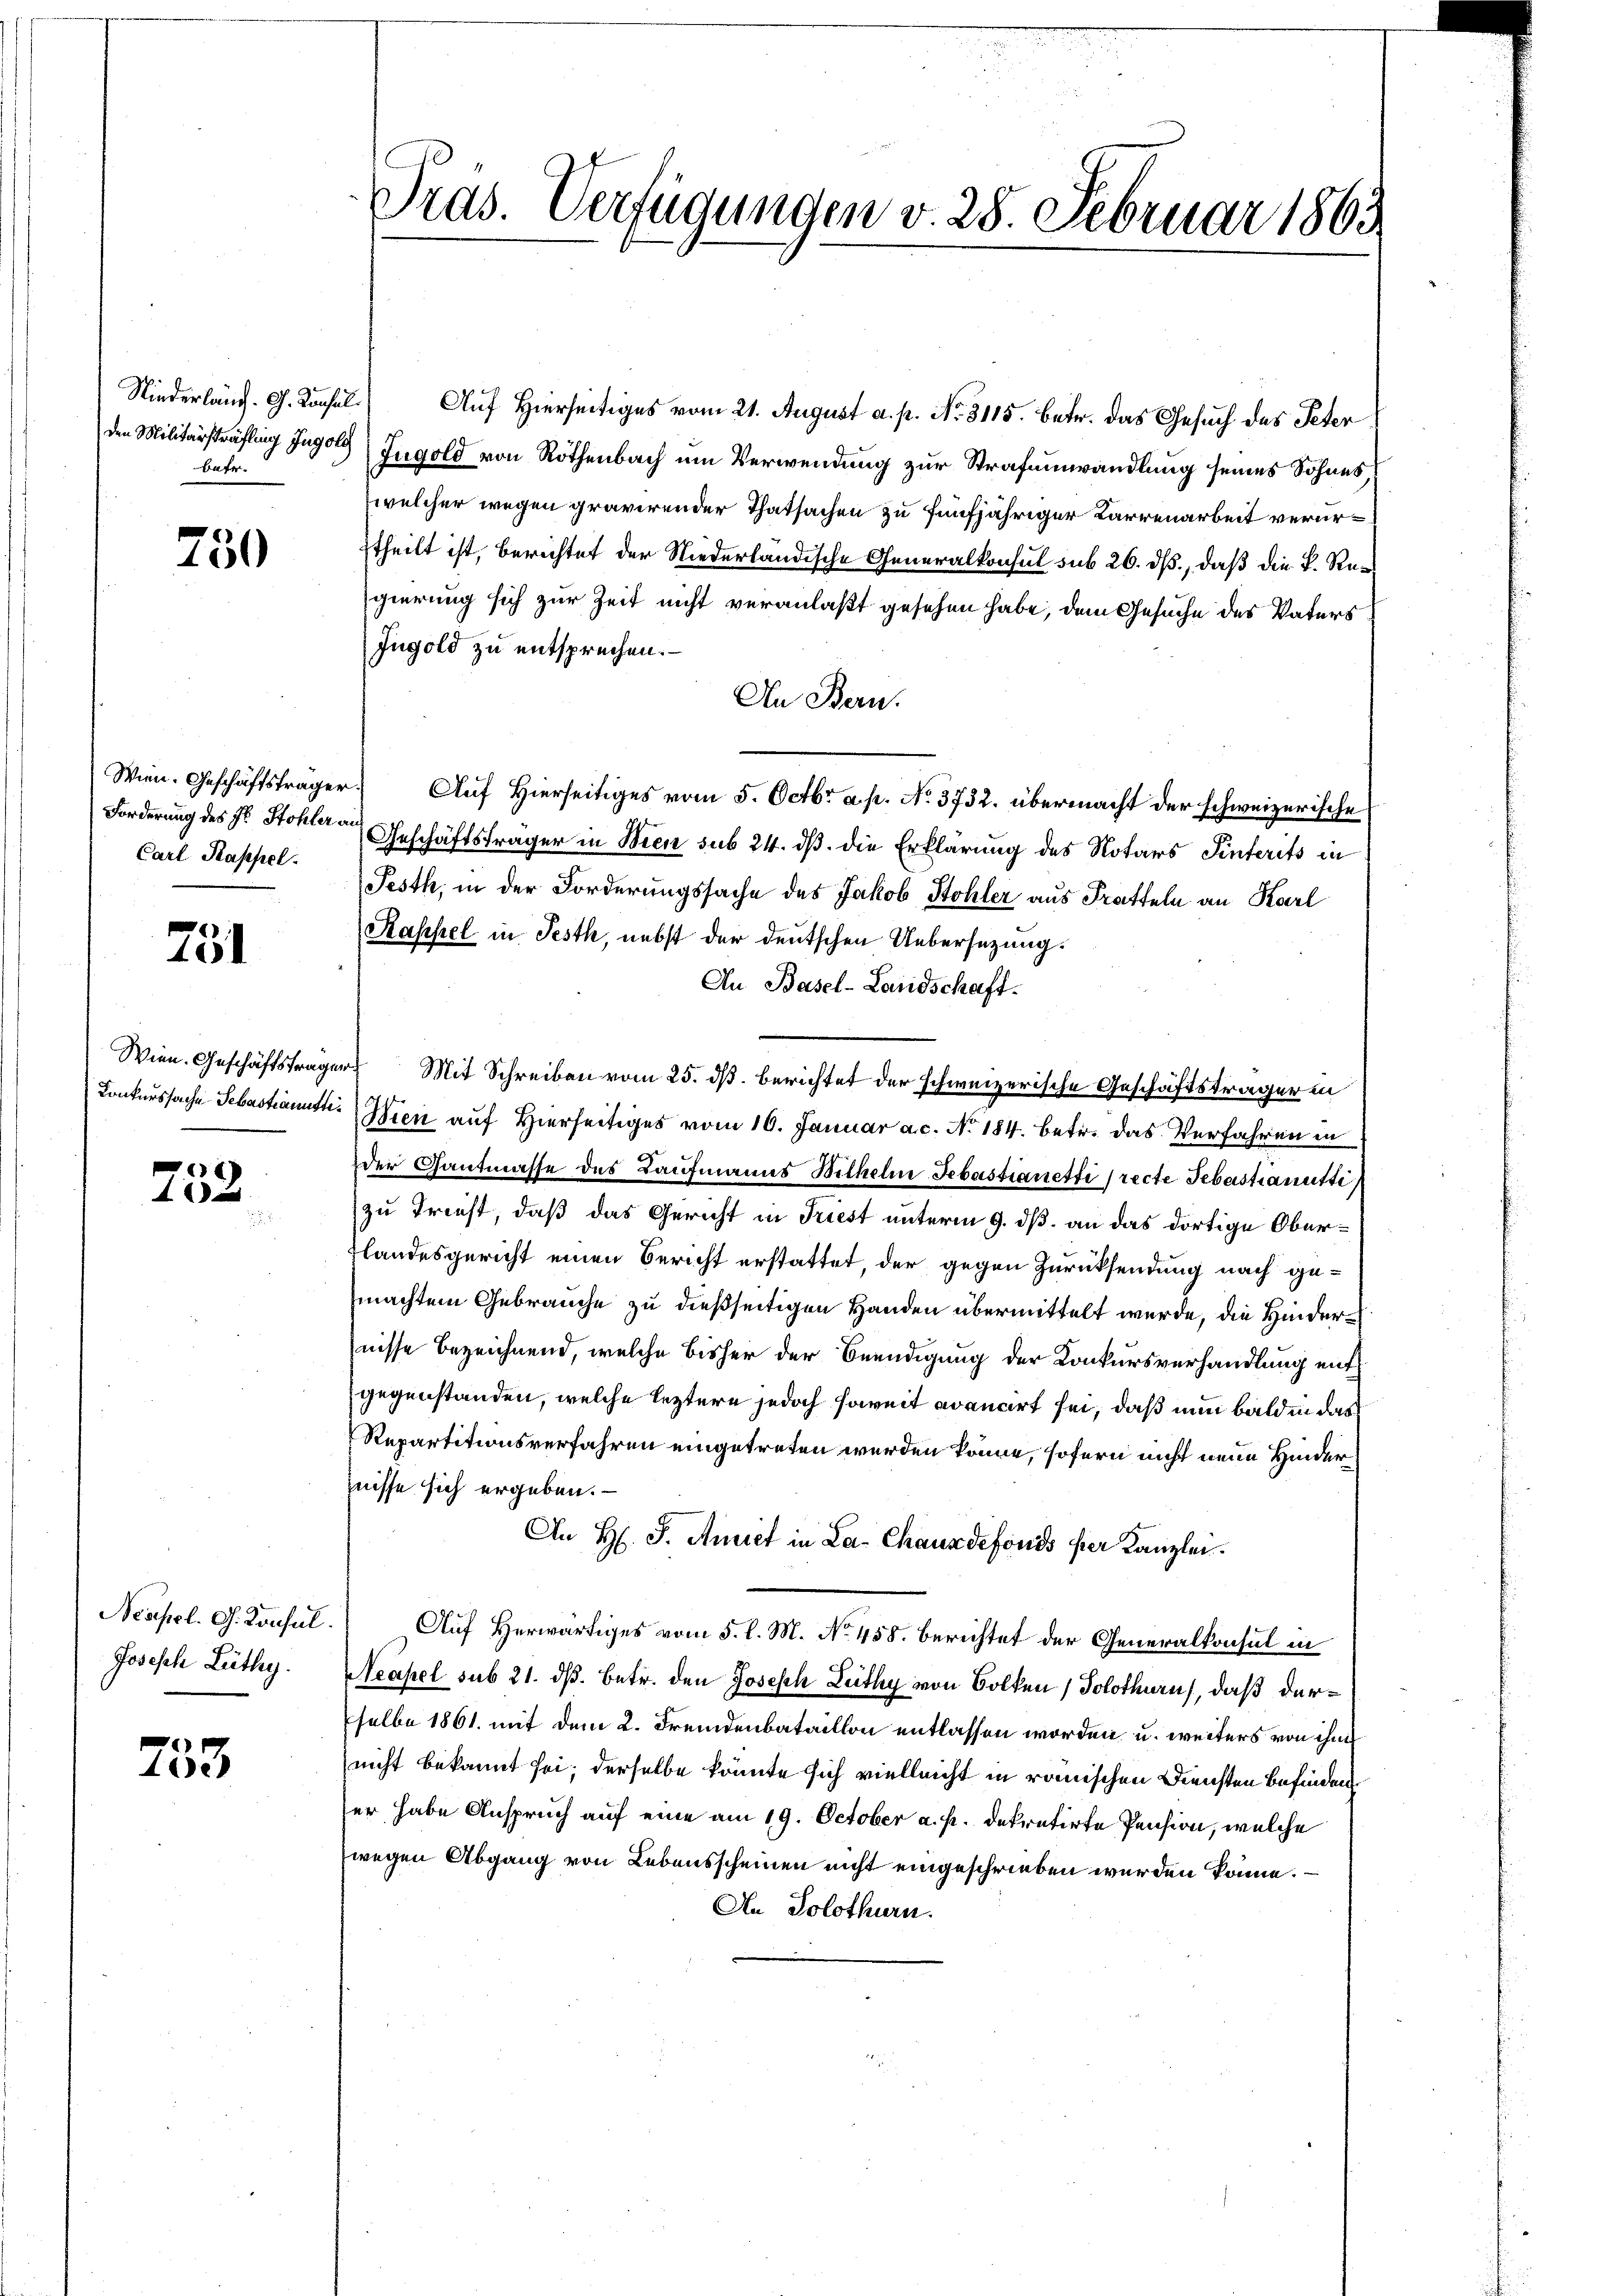
Bafr.

750

Forderung des Hr. Stohler an
Carl Kappel.

751

e
4
.

Joseph Lüthy.

733

Niederlang. G. Konsul Auf Hierseitiges vom 21. August a. p. No. 3115. betr. das Gesuch des Peter
den Militärsträfling Jugold Gugold von Rothenbach um Verwendung zur Strafumwandlung seines Sohnes,
welcher wegen gravirender Thatsachen zu fünfjähriger Karrenarbeit verurtheilt ist, berichtet der Niederländische Generalkonsul sub 26. ds., daß die K. Rugierung sich zur Zeit nicht veranlaßt gesehen habe, dem Gesuche des Vaters
Ingold zu entsprechen.
An Bern.
Wien. Geschäftsträger Auf Hierseitiges vom 5. Octbr. a. p. No. 3732. übermacht der schweizerische
Geschäftsträger in Bien sub 24. ds. die Erklärung des Notars Pinterits in
Pesth, in der Forderungssache des Jakob Stohler aus Pratteln an Karl
Kapsel in Festh, nebst der deutschen Uebersezung.
An Basel-Landschaft.
Wien. Geschäftsfrager Mit Schreiben vom 25. dß. berichtet der schweizerische Geschäftsträger in
Konkurssache Sebastianutti. Wien auf Hierseitiges vom 10. Januar a.c. No. 184. betr. das Verfahren in
der Gantmasse des Laufmanns Wilhelm Sebastianetti (recte Sebastianutti
zu Triest, daß das Gericht in Triest unterm 9. dß. an das dortige Ober¬
Flandesgericht einen Bericht erstattet, der gegen Zurücksendung nach gemachten Gebrauche zu dießseitigen Handen übermittelt werde, die Hindernisse bezeichnend, welche bisher der Beendigung der Konkursverhandlung entgegenstanden, welche leztere jedoch soweit avancirt sei, daß nun bald in das
Repartitionsverfahren eingetreten werden könne, sofern nicht neue Hinder
nisse sich ergeben. –
An H. J. Amiet in La Chauxdefonis per Kanzlei.
Neapel. G. Konsul. Auf Herwärtiges vom 5. l. M. No 458. Berichtet der Generalkonsul in
Neapel sub 21. ds. betr. den Joseph Leithy von Bolken ( Solothurn, daß derselbe 1861 mit dem 2. Fremdenbataillon entlassen worden u. weiters von ihm
nicht bekannt sei; derselbe könnte sich vielleicht in römischen Diensten befinden
ser habe Anspruch auf eine am 19. October a. p. dekretirte Pension, welche
wegen Abgang von Lebensscheinen nicht eingeschrieben werden könne.
An Solothurn.

Tras. Verfügungen v. 28. Februar 1863